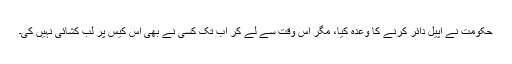
حکومت نے اپیل دائر کرنے کا وعدہ کیا، مگر اس وقت سے لے کر اب تک کسی نے بھی اس کیس پر لب کشائی نہیں کی۔